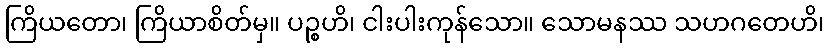
ကြိယတော၊ ကြိယာစိတ်မှ။ ပဉ္စဟိ၊ ငါးပါးကုန်သော။ သောမနဿ သဟဂတေဟိ၊